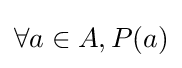
\forall a\in A,P(a)